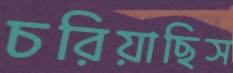
চরিয়াছিস